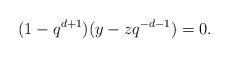
LaTeX: \begin{align*}(1-q^{d+1})(y-zq^{-d-1})=0.\end{align*}